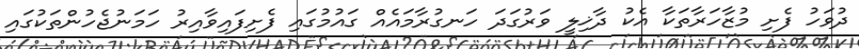
ދުވަހު ފެށި މުޒާހަރާތަކާ އެކު ދާޚިލީ ވަރުގަދަ ހަނގުރާމައެއް ގައުމުގައި ފެށިފައިވާއިރު ހަމަނުޖެހުންތަކުގައި